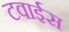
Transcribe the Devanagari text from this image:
टवाईस